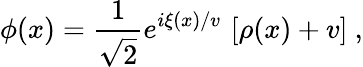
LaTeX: \phi(x)=\frac{1}{\sqrt{2}}e^{i\xi(x)/v}\, \left[\rho(x)+v\right]\ ,